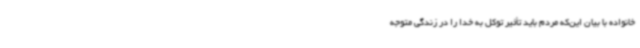
خانواده با بیان این‌که مردم باید تأثیر توکل به خدا را در زندگی متوجه